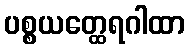
ပစ္စယတ္ထေရဂါထာ